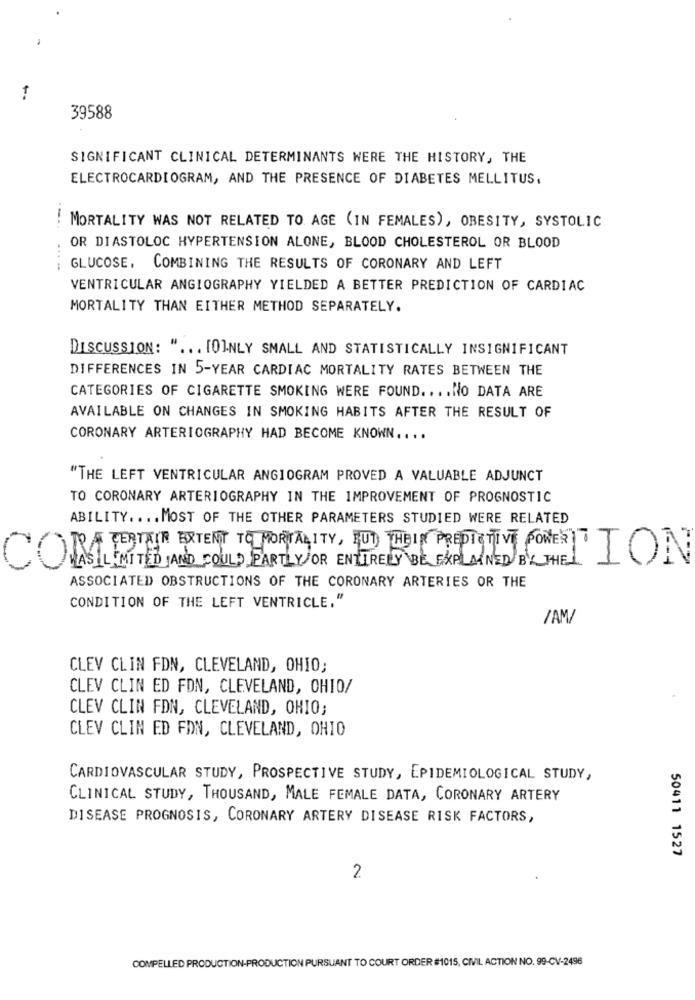
39588
SIGNIFICANT CLINICAL DETERMINANTS WERE THE HISTORY, THE
ELECTROCARDIOGRAM, AND THE PRESENCE OF DIABETES MELLITUS,
MORTALITY WAS NOT RELATED TO AGE (IN FEMALES), OBESITY, SYSTOLIC
-..
OR DIASTOLOC HYPERTENSION ALONE, BLOOD CHOLESTEROL OR BLOOD
GLUCOSE, COMBINING THE RESULTS OF CORONARY AND LEFT
VENTRICULAR ANGIOGRAPHY YIELDED A BETTER PREDICTION OF CARDIAC
MORTALITY THAN EITHER METHOD SEPARATELY.
DISCUSSION: " ... [0]NLY SMALL AND STATISTICALLY INSIGNIFICANT
DIFFERENCES IN 5-YEAR CARDIAC MORTALITY RATES BETWEEN THE
CATEGORIES OF CIGARETTE SMOKING WERE FOUND .... NO DATA ARE
AVAILABLE ON CHANGES IN SMOKING HABITS AFTER THE RESULT OF
CORONARY ARTERIOGRAPHY HAD BECOME KNOWN ....
"THE LEFT VENTRICULAR ANGIOGRAM PROVED A VALUABLE ADJUNCT
TO CORONARY ARTERIOGRAPHY IN THE IMPROVEMENT OF PROGNOSTIC
ABILITY .... MOST OF THE OTHER PARAMETERS STUDIED WERE RELATED
TO/A TERTEIN EXTENT TO MORTALITY, BUT THEIN PREDICTIVE POWER
ION
COMASILIMITED AND COULD PARTLY OR ENTIRELY BE EXPLAINED BY THE
ASSOCIATED OBSTRUCTIONS OF THE CORONARY ARTERIES OR THE
CONDITION OF THE LEFT VENTRICLE,"
/AM/
CLEV CLIN FDN, CLEVELAND, OHIO;
CLEV CLIN ED FDN, CLEVELAND, OHIO/
CLEV CLIN FDN, CLEVELAND, OHIO;
CLEV CLIN ED FDN, CLEVELAND, OHIO
CARDIOVASCULAR STUDY, PROSPECTIVE STUDY, EPIDEMIOLOGICAL STUDY,
CLINICAL STUDY, THOUSAND, MALE FEMALE DATA, CORONARY ARTERY
DISEASE PROGNOSIS, CORONARY ARTERY DISEASE RISK FACTORS,
50411 1527
2
COMPELLED PRODUCTION-PRODUCTION PURSUANT TO COURT ORDER #1015, CIVIL ACTION NO. 99-CV-2496